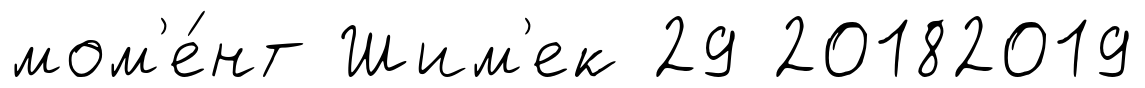
мом'е́нт Шим'ек 29 20182019